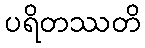
ပရိတဿတိ